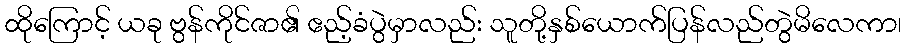
ထိုကြောင့် ယခု ဗွန်ကိုင်ဇာ၏ ဧည့်ခံပွဲမှာလည်း သူတို့နှစ်ယောက်ပြန်လည်တွဲမိလေကာ၊